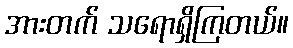
အားတက် သရောရှိကြတယ်။